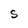
Character: S